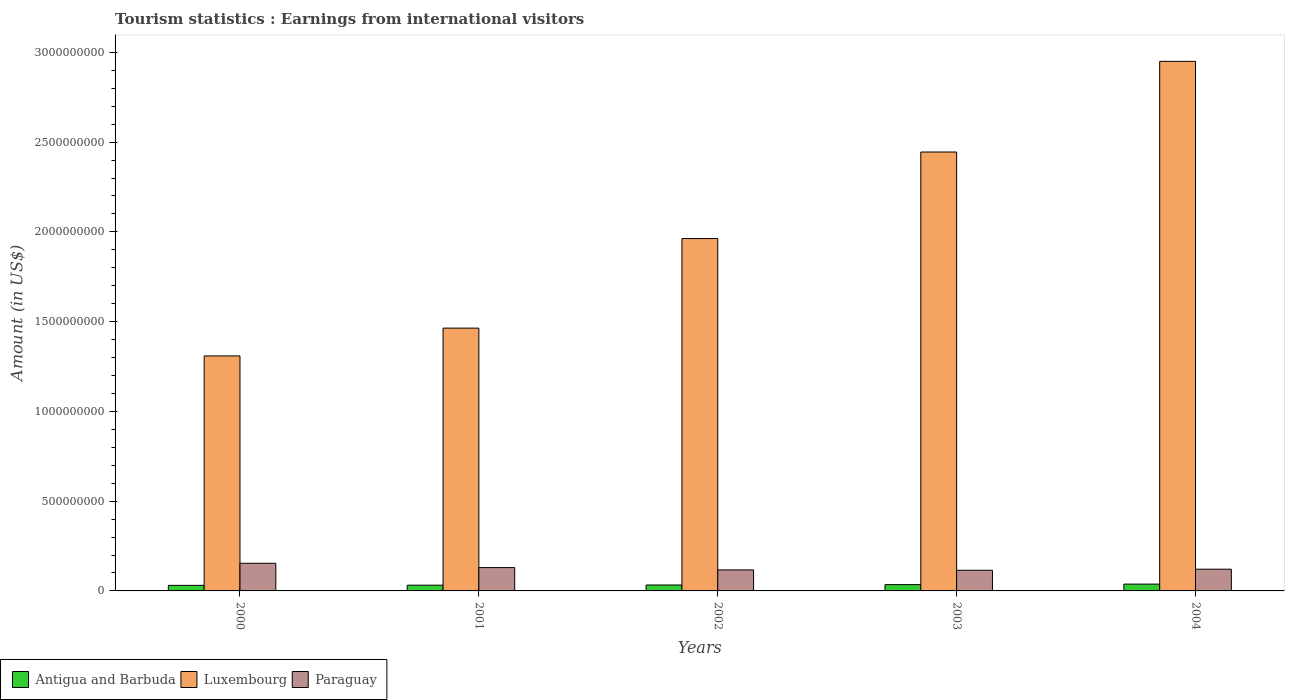
| Years | Antigua and Barbuda | Luxembourg | Paraguay |
 | --- | --- | --- | --- |
 | 2000 | 3.1e+07 | 1.31e+09 | 1.54e+08 |
 | 2001 | 3.2e+07 | 1.46e+09 | 1.3e+08 |
 | 2002 | 3.3e+07 | 1.96e+09 | 1.17e+08 |
 | 2003 | 3.5e+07 | 2.44e+09 | 1.15e+08 |
 | 2004 | 3.8e+07 | 2.95e+09 | 1.21e+08 |